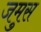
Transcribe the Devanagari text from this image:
जमुस